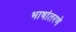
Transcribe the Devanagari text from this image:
भाषांतरणे